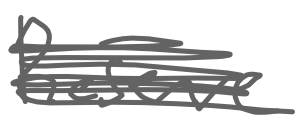
Text: Reserve
Cross-out: scratch
Writing tool: digital_gray